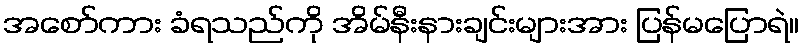
အစော်ကား ခံရသည်ကို အိမ်နီးနားချင်းများအား ပြန်မပြောရဲ။